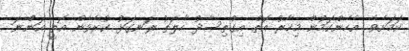
ކަމަށެވެ. އެހެންކަމުން މިހާރު އޮތް އިގްތިސާދު ހާލަތު ރަނގަޅު ކުރެވެން އޮތީ އަންނަ